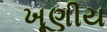
ખૂણીય